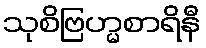
သုစိဗြဟ္မစာရိနီ